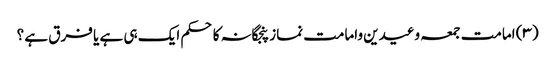
(۳) امامت جمعہ وعیدین وامامت نماز پنجگانہ کا حکم ایک ہی ہے یا فرق ہے ؟